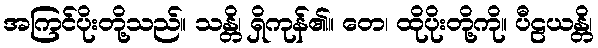
အကြင်ပိုးတို့သည်။ သန္တိ၊ ရှိကုန်၏။ တေ၊ ထိုပိုးတို့ကို။ ပီဠယန္တိ၊